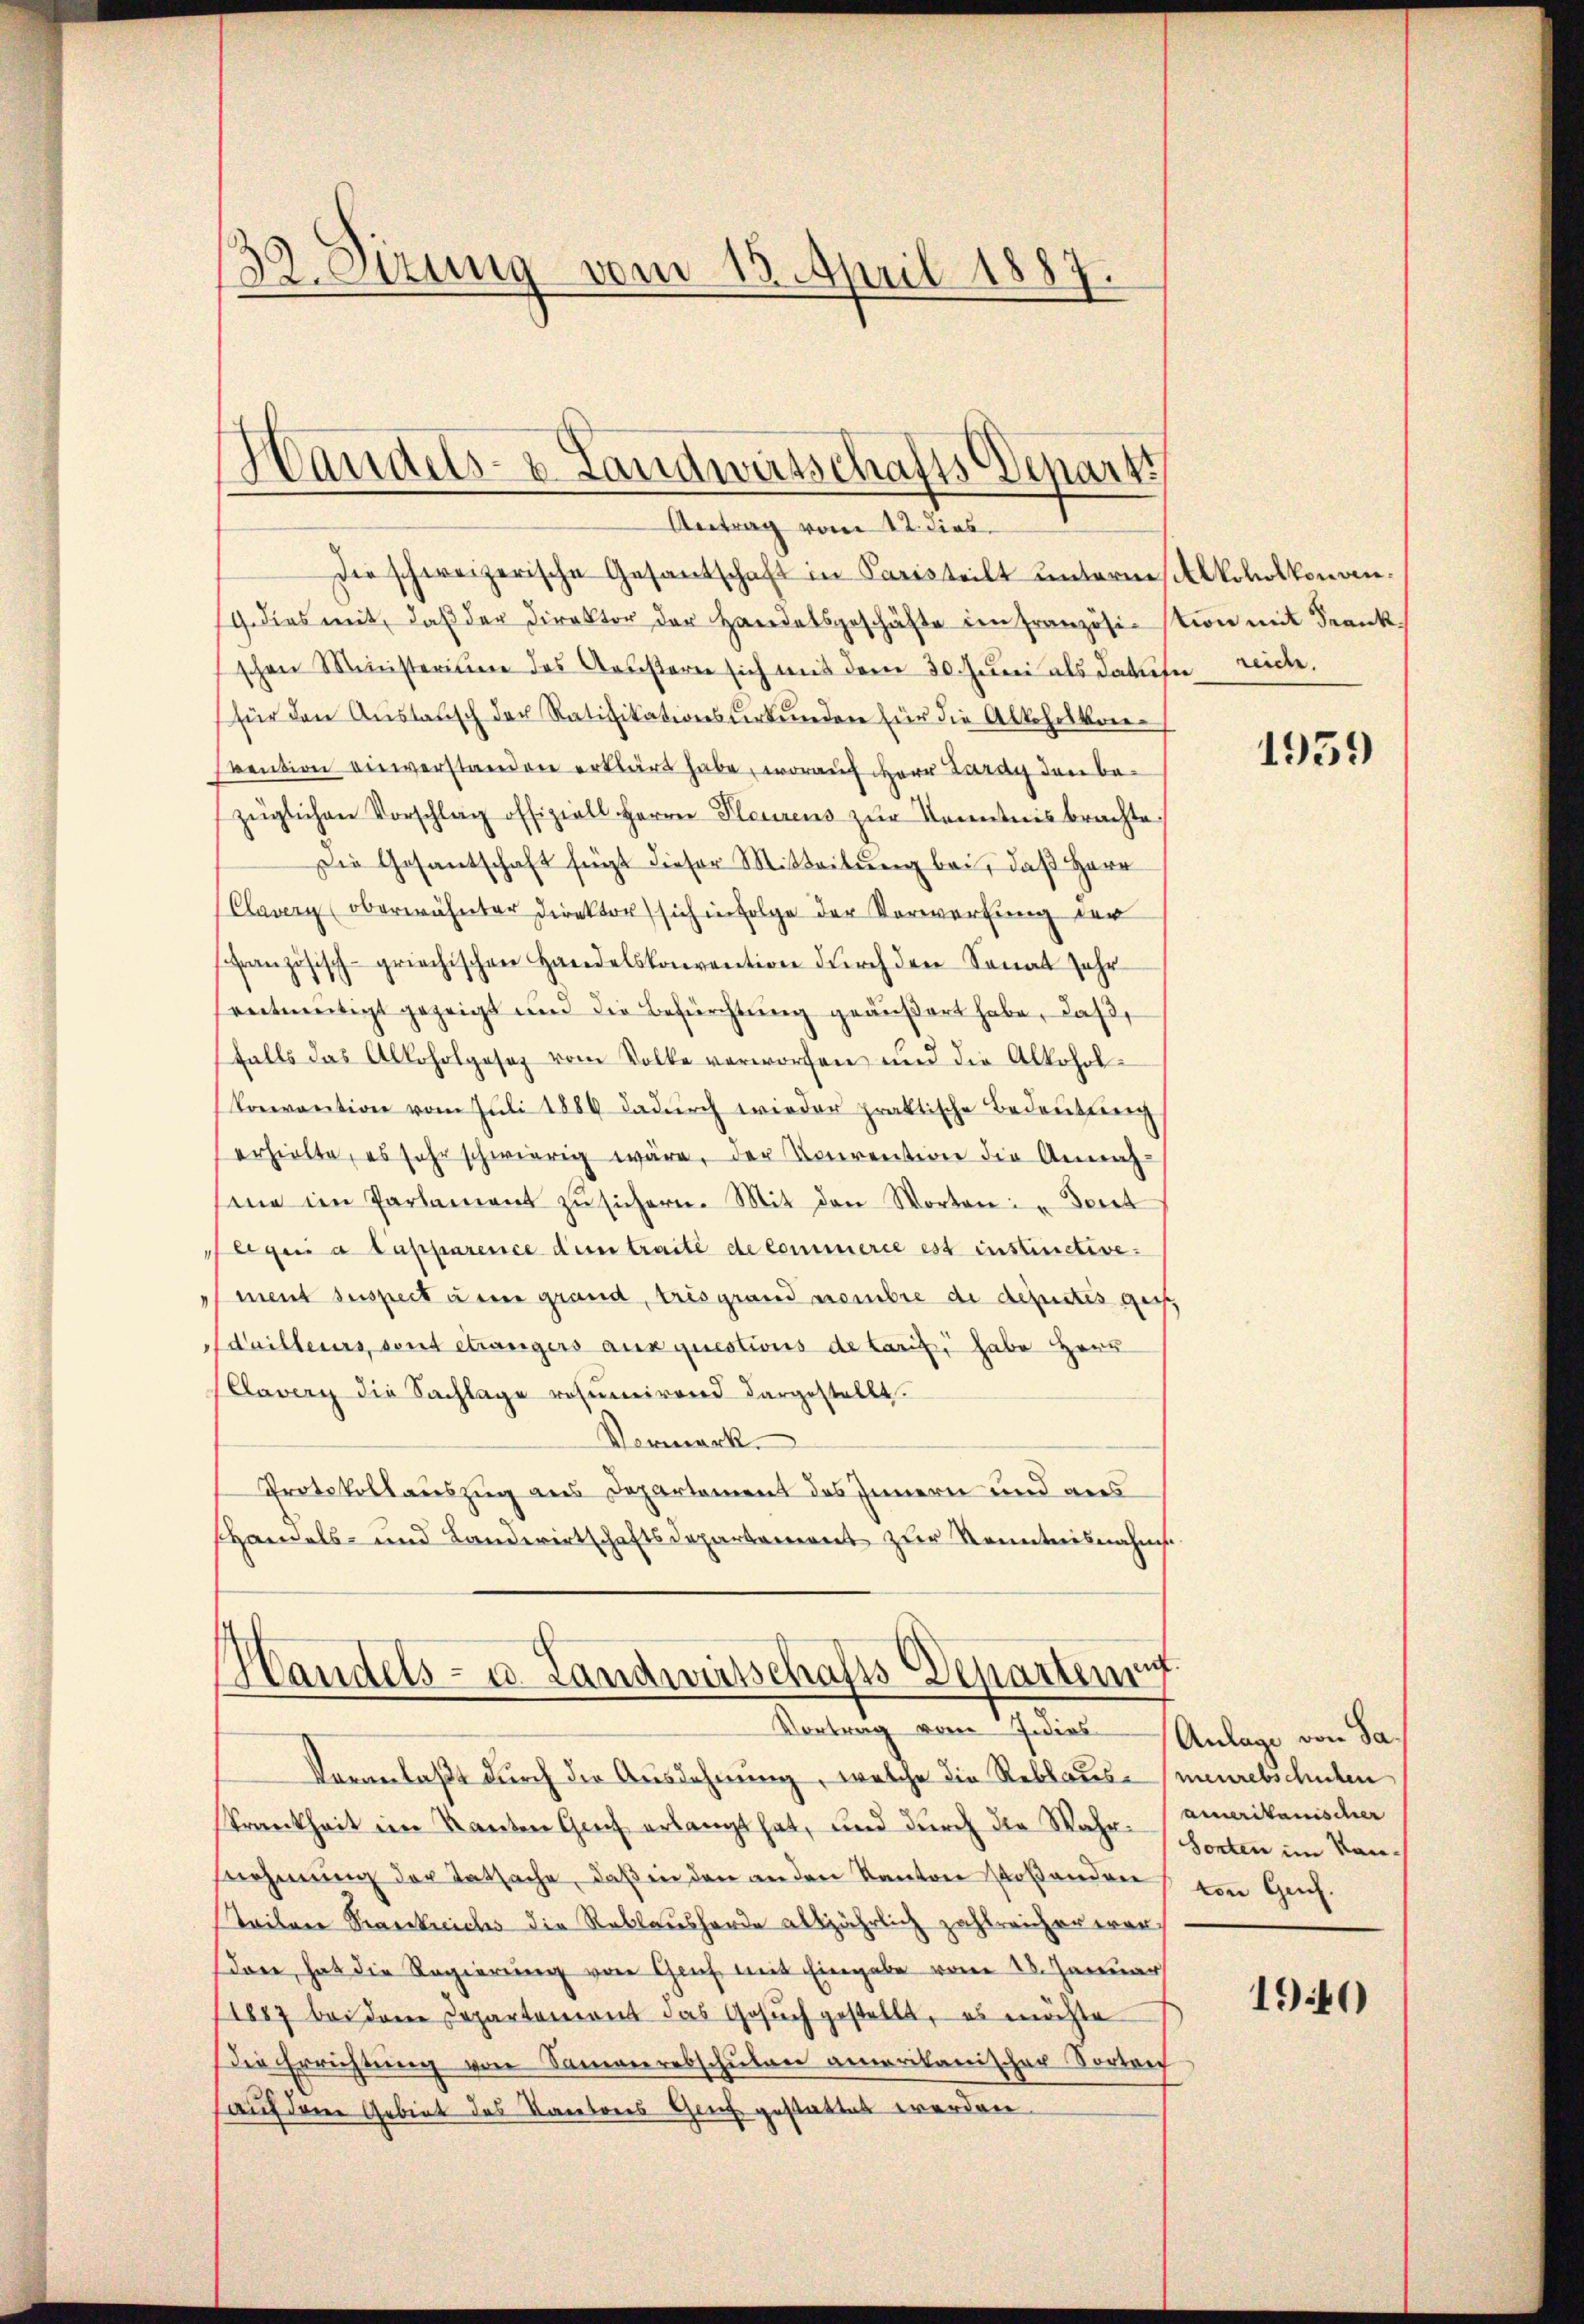
32. Sizung vom 13. April 1887

¬
Wandels- & Landwirtschafts Depart
Antrag vom 12. dies

Die schweizerische Gesantschaft in Paristeilt unternes koloskonven¬
19. dies mit, daβ der Direktor der Handelsgeschäfte im Französi-stion mit Frank
schen Ministerium des Arrestern sich mit dem 30. Jŭni als Jakuter reich.
für den Austausch der Ratifikationsverkunden für die Alkohrskon¬
Evention einverstanden erklärt habe, worauf Herr Lardy den bezüglichen Vorschlag offiziell Herrn Pleurens zŭr Kenntnis brachte
Die Gesantschaft fügt dieser Mitteilung bei, daß Herr
(Claver oberwähnter Direktor sich in Folge der Vorwertung der
ffranzösisch-griechischen Handelskonvention durch den Sonat Jahr
entmutigt gezeigt und die Befürchtung geäußert habe, daß,
falls das Alloholgeseg vom Volke verworfen und die Alkoholkonvention vom Juli 1889 dadŭrch wieder praktische Bedeutung
erhielte, es sehr schwierig wäre, der Konvention die Annahsine im Parlament zŭ sichern. Mit den Worten: "Deut
 legen a Papparence den traité de commerce est instinctive.
ment suspect den grand, tris grand membre die deputes ges
dailleurs, sont etwanigers auxquestions de laris, habe Herr
Cavery die Sachlage resumirend dargestellt.
Vormerk
Protokollauszug aus Departement des Innern und aus
Handels- und Landwirtschaftsdepartement zur Kenntnisnahms¬

et.
Handels- u. Landwirtschafts-Departem
Vortrag vom J. dies

Veranlaßt durch die Ausdehnung, welche die Reblaues meurebschulen
Krankheit im Kanton Gach erlangt hat, und durch die Wahr schonten im Kansnehmung der Tatsache, daß in den an den Kanton stoßanden von Ges.
Teilen Praeskreiches die Reblaushörde alljährlich zahlreicher wersdon, hat die Regierung von Graf mit Eingabe vom 28. Januar
1887 bei dem Departement das Gesuch gestellt, es möchte
Die Errichtŭng von Sammeresschŭlen amerikanischer Sorten
(auf dem Gebiet des Kantons Genf gestattet werden.

1959

Anlage von Saamerikanischer

1940